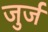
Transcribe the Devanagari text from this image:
जुर्ज